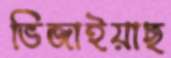
ভিজাইয়াছ